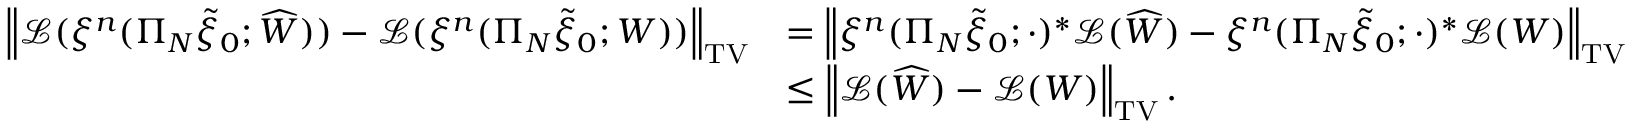
\begin{array} { r l } { \left\| \mathcal { L } ( \xi ^ { n } ( \Pi _ { N } \widetilde { \xi } _ { 0 } ; \widehat { W } ) ) - \mathcal { L } ( \xi ^ { n } ( \Pi _ { N } \widetilde { \xi } _ { 0 } ; W ) ) \right\| _ { \mathrm { T V } } } & { = \left\| \xi ^ { n } ( \Pi _ { N } \widetilde { \xi } _ { 0 } ; \cdot ) ^ { * } \mathcal { L } ( \widehat { W } ) - \xi ^ { n } ( \Pi _ { N } \widetilde { \xi } _ { 0 } ; \cdot ) ^ { * } \mathcal { L } ( W ) \right\| _ { \mathrm { T V } } } \\ & { \leq \left\| \mathcal { L } ( \widehat { W } ) - \mathcal { L } ( W ) \right\| _ { \mathrm { T V } } . } \end{array}